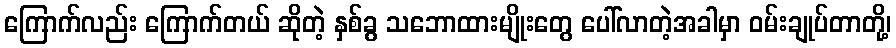
ကြောက်လည်း ကြောက်တယ် ဆိုတဲ့ နှစ်ခွ သဘောထားမျိုးတွေ ပေါ်လာတဲ့အခါမှာ ဝမ်းချုပ်တာတို့၊